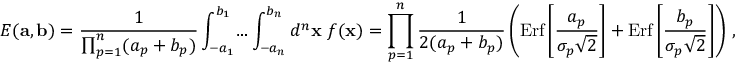
E ( { \bf a } , { \bf b } ) = { \frac { 1 } { \prod _ { p = 1 } ^ { n } ( a _ { p } + b _ { p } ) } } \int _ { - a _ { 1 } } ^ { b _ { 1 } } \! \dots \int _ { - a _ { n } } ^ { b _ { n } } d ^ { n } { \bf x } \ f ( { \bf x } ) = \prod _ { p = 1 } ^ { n } { \frac { 1 } { 2 ( a _ { p } + b _ { p } ) } } \left( \mathrm { E r f } \left[ { \frac { a _ { p } } { \sigma _ { p } \sqrt 2 } } \right] + \mathrm { E r f } \left[ { \frac { b _ { p } } { \sigma _ { p } \sqrt 2 } } \right] \right) \, ,